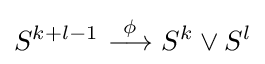
S^{k+l-1}{\stackrel {\phi }{\ \longrightarrow \ }}S^{k}\vee S^{l}